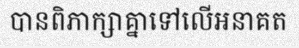
បានពិភាក្សាគ្នាទៅលើអនាគត